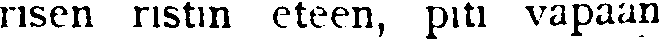
risen ristin eteen, piti vapaan